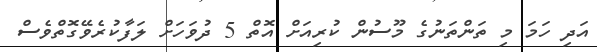
އަދި ހަމަ މި ތަންތަނުގެ މޫސުން ކުރިއަށް އޮތް 5 ދުވަހަށް ލަފާކުރެވޭގޮތްވެސް